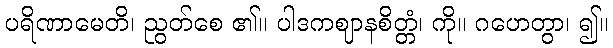
ပရိဏာမေတိ၊ ညွတ်စေ ၏။ ပါဒကဈာနစိတ္တံ၊ ကို။ ဂဟေတွာ၊ ၍။